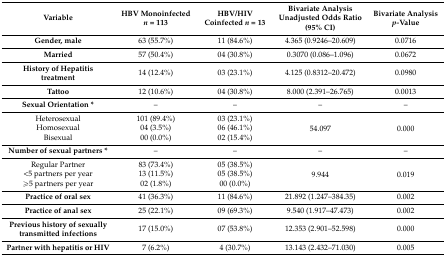
<table><thead><tr><td><b>Variable</b></td><td><b>HBV Monoinfected <i>n</i> = 113</b></td><td><b>HBV/HIV Coinfected <i>n</i> = 13</b></td><td><b>Bivariate Analysis Unadjusted Odds Ratio (95% CI)</b></td><td><b>Bivariate Analysis <i>p-</i>Value</b></td></tr></thead><tbody><tr><td><b>Gender, male</b></td><td>63 (55.7%)</td><td>11 (84.6%)</td><td>4.365 (0.9246–20.609)</td><td>0.0716</td></tr><tr><td><b>Married</b></td><td>57 (50.4%)</td><td>04 (30.8%)</td><td>0.3070 (0.086–1.096)</td><td>0.0672</td></tr><tr><td><b>History of Hepatitis treatment</b></td><td>14 (12.4%)</td><td>03 (23.1%)</td><td>4.125 (0.8312–20.472)</td><td>0.0980</td></tr><tr><td><b>Tattoo</b></td><td>12 (10.6%)</td><td>04 (30.8%)</td><td>8.000 (2.391–26.765)</td><td>0.0013</td></tr><tr><td><b>Sexual Orientation *</b></td><td>–</td><td>–</td><td>–</td><td>–</td></tr><tr><td>Heterosexual</td><td>101 (89.4%)</td><td>03 (23.1%)</td><td rowspan="3">54.097</td><td rowspan="3">0.000</td></tr><tr><td>Homosexual</td><td>04 (3.5%)</td><td>06 (46.1%)</td></tr><tr><td>Bisexual</td><td>00 (0.0%)</td><td>02 (15.4%)</td></tr><tr><td><b>Number of sexual partners *</b></td><td>–</td><td>–</td><td>–</td><td>–</td></tr><tr><td>Regular Partner</td><td>83 (73.4%)</td><td>05 (38.5%)</td><td rowspan="3">9.944</td><td rowspan="3">0.019</td></tr><tr><td>&lt;5 partners per year</td><td>13 (11.5%)</td><td>05 (38.5%)</td></tr><tr><td>≥5 partners per year</td><td>02 (1.8%)</td><td>00 (0.0%)</td></tr><tr><td><b>Practice of oral sex</b></td><td>41 (36.3%)</td><td>11 (84.6%)</td><td>21.892 (1.247–384.35)</td><td>0.002</td></tr><tr><td><b>Practice of anal sex</b></td><td>25 (22.1%)</td><td>09 (69.3%)</td><td>9.540 (1.917–47.473)</td><td>0.002</td></tr><tr><td><b>Previous history of sexually transmitted infections</b></td><td>17 (15.0%)</td><td>07 (53.8%)</td><td>12.353 (2.901–52.598)</td><td>0.000</td></tr><tr><td><b>Partner with hepatitis or HIV</b></td><td>7 (6.2%)</td><td>4 (30.7%)</td><td>13.143 (2.432–71.030)</td><td>0.005</td></tr></tbody></table>